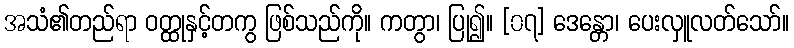
အသံ၏တည်ရာ ဝတ္ထုနှင့်တကွ ဖြစ်သည်ကို။ ကတွာ၊ ပြု၍။ [၀၇] ဒေန္တော၊ ပေးလှူလတ်သော်။